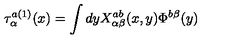
\tau _ { \alpha } ^ { a ( 1 ) } ( x ) = \int d y X _ { \alpha \beta } ^ { a b } ( x , y ) \Phi ^ { b \beta } ( y )